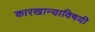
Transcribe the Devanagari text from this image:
कारखान्याविषयी